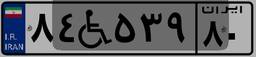
۸۴W۵۳۹۸۰